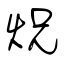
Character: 炾